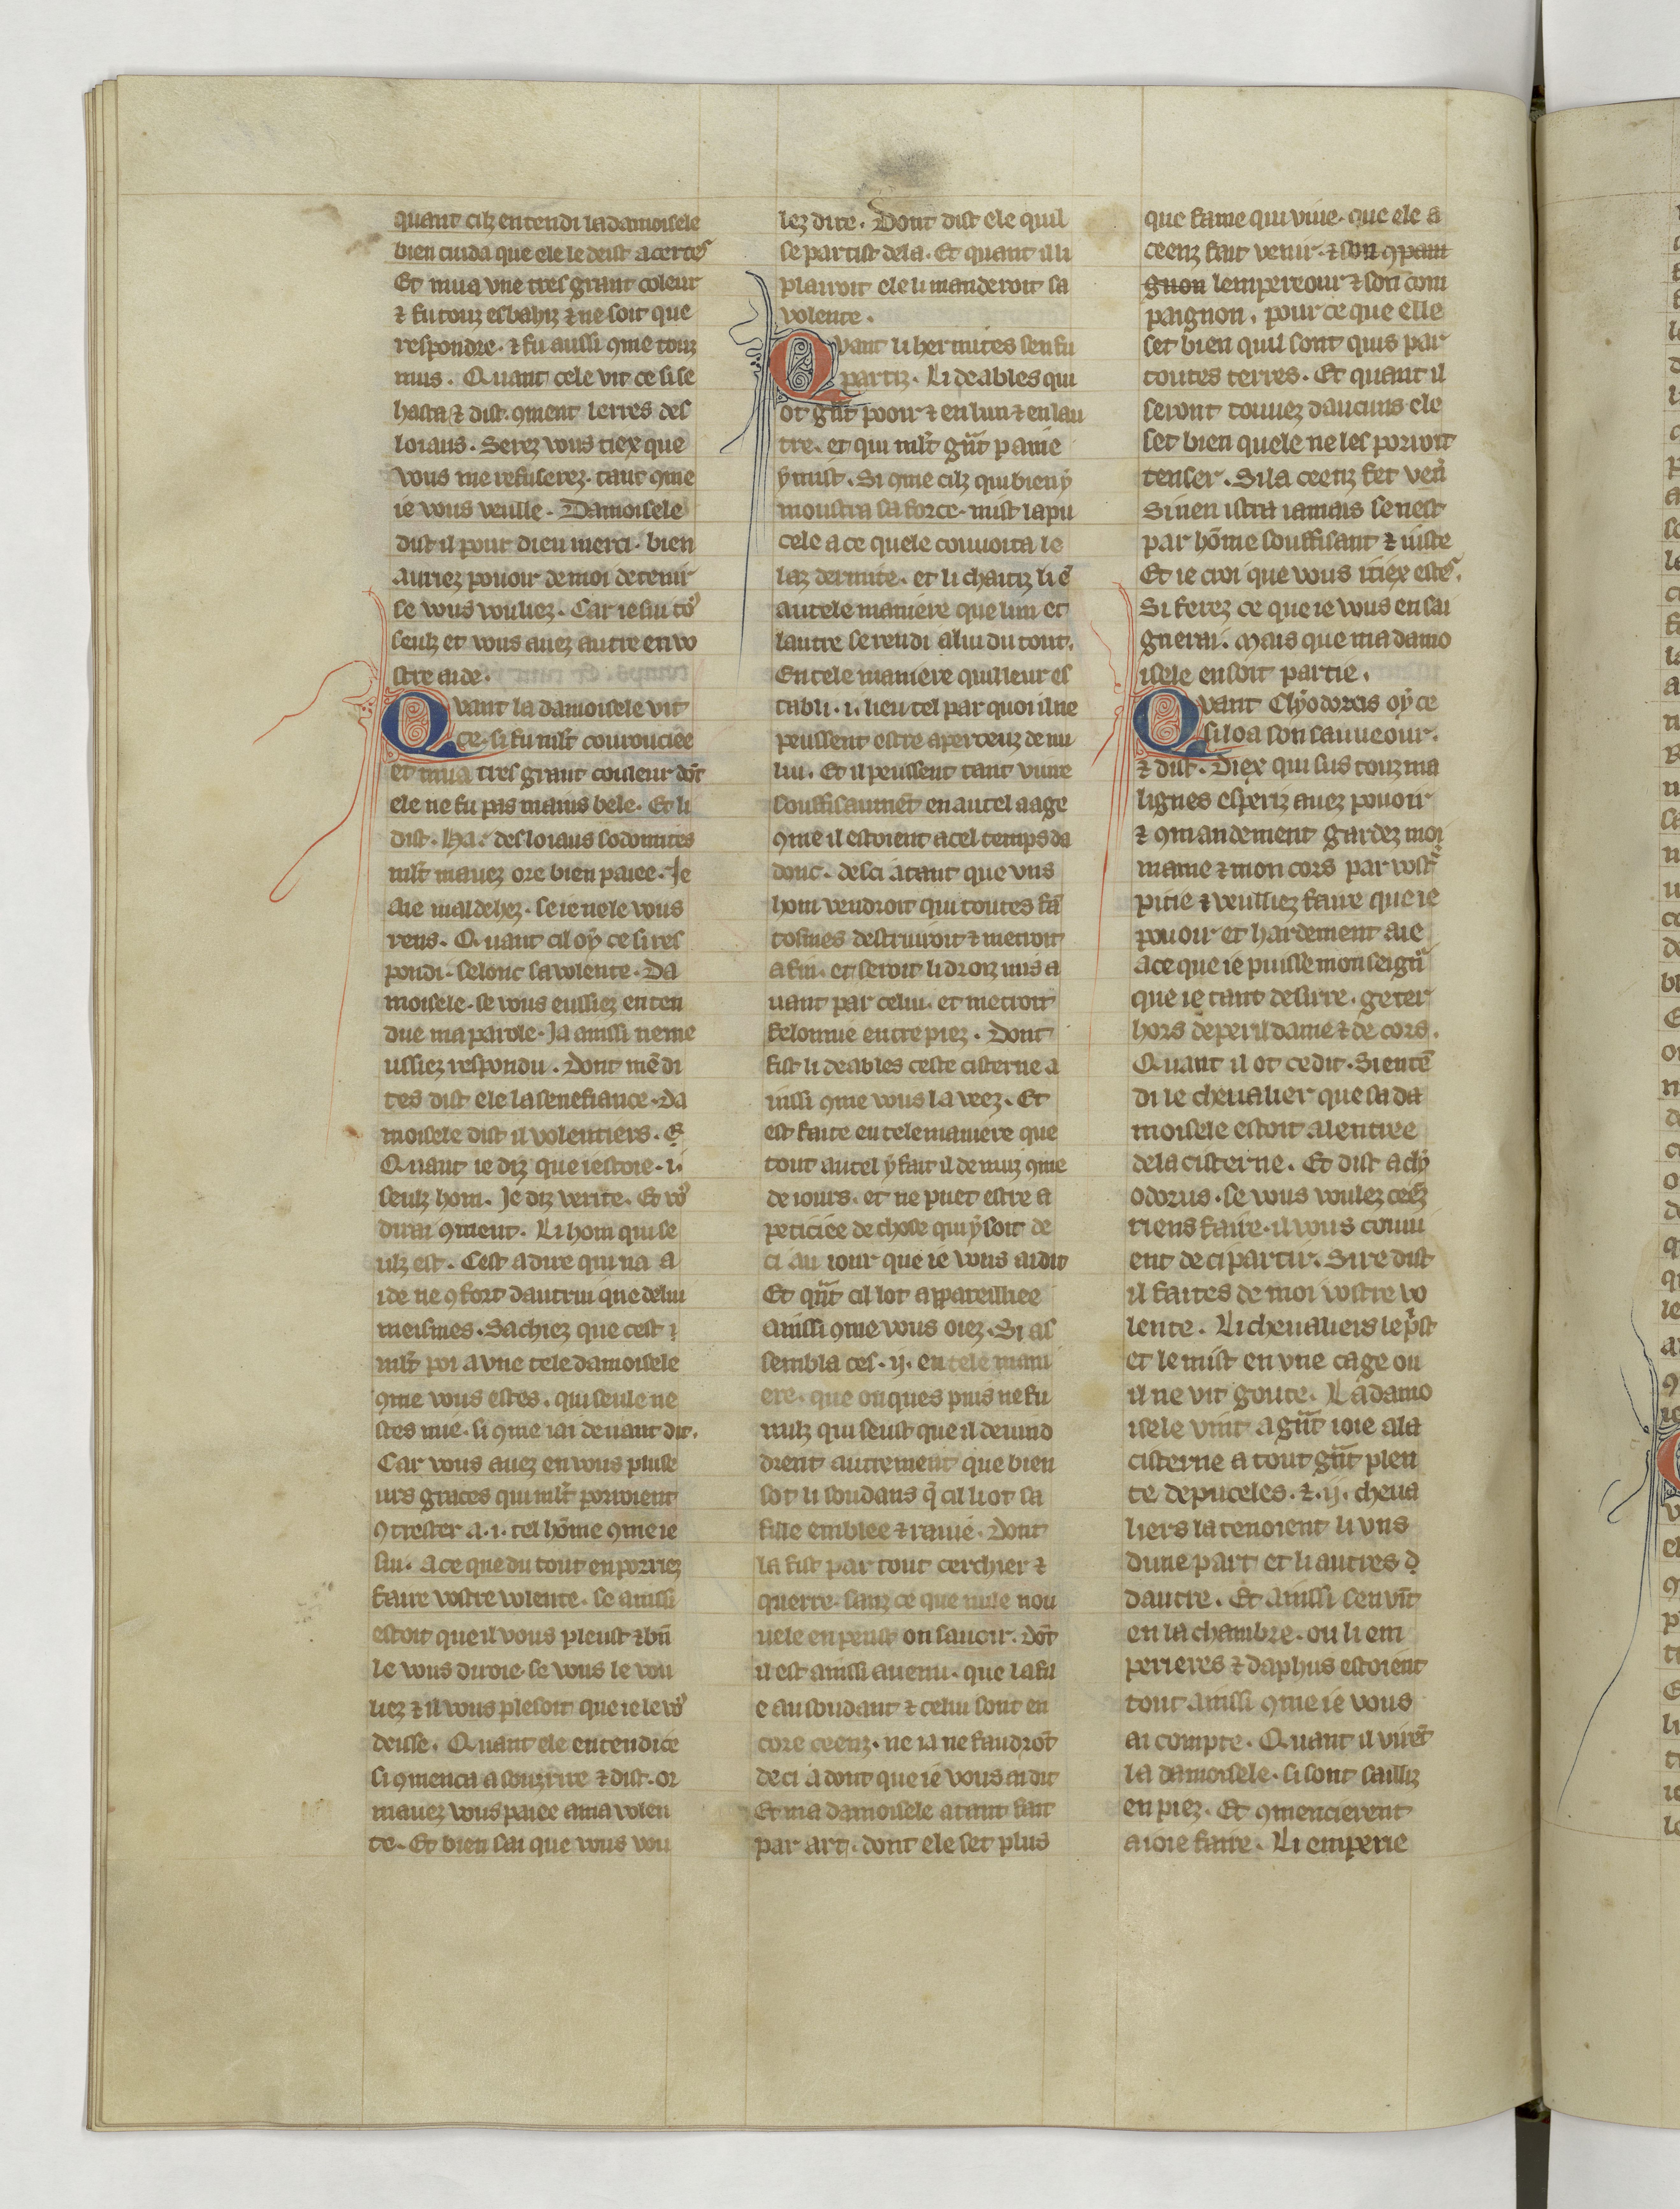
Shelfmark: Paris, BnF, fr. 22549
Century: 14